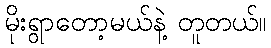
မိုးရွာတော့မယ်နဲ့ တူတယ်။